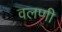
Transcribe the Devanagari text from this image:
वलणी